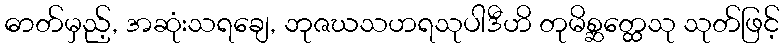
ဓာတ်မှည့်, အဆုံးသရချေ, ဘုဇဃသဟရသုပါဒီဟိ တုမိစ္ဆတ္ထေသု သုတ်ဖြင့်